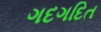
ગદગદિત